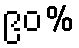
၉၀%